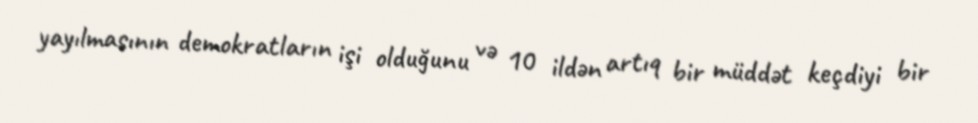
yayılmasının demokratların işi olduğunu və 10 ildən artıq bir müddət keçdiyi bir